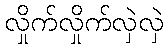
လှိုက်လှိုက်လှဲလှဲ